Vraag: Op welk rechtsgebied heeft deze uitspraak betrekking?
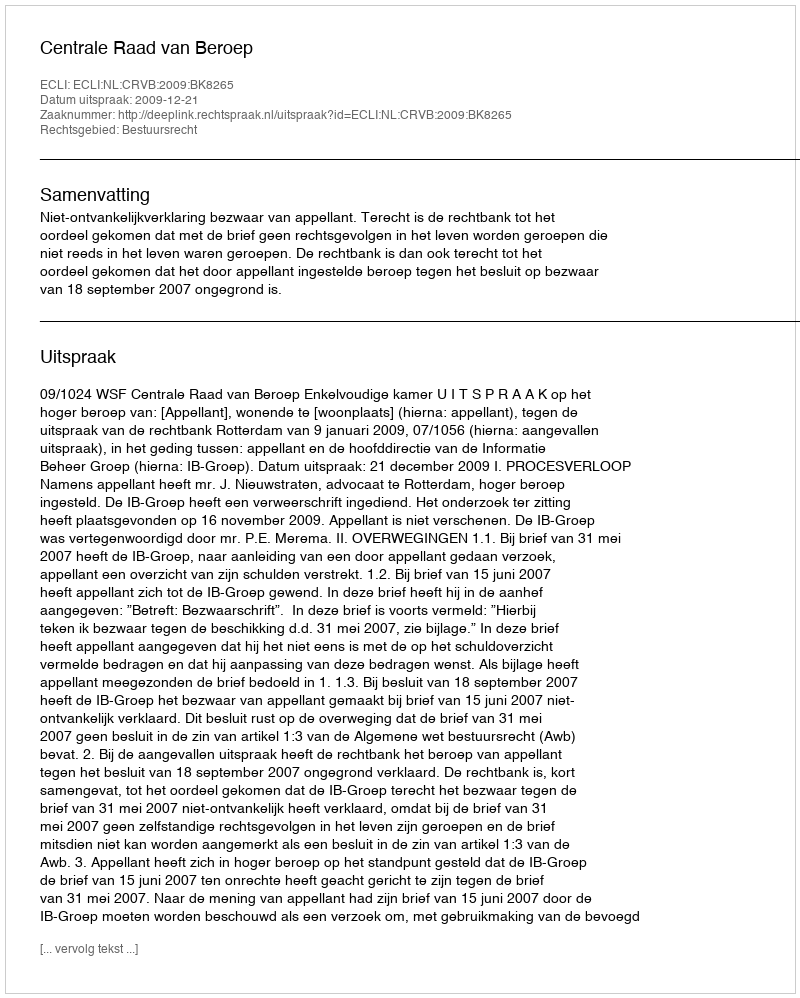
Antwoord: Bestuursrecht